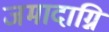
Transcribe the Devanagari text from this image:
जमादाग्नि